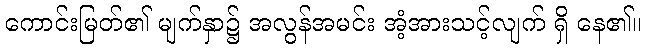
ကောင်းမြတ်၏ မျက်နှာ၌ အလွန်အမင်း အံ့အားသင့်လျက် ရှိ နေ၏။